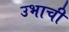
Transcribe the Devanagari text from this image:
उभाची